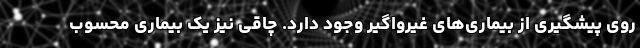
روی پیشگیری از بیماری‌های غیرواگیر وجود دارد. چاقی نیز یک بیماری محسوب